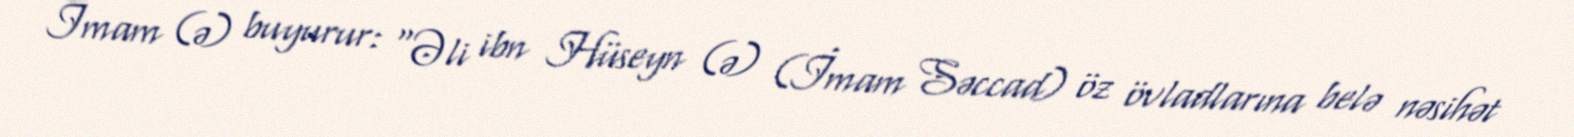
İmam (ə) buyurur: “Əli ibn Hüseyn (ə) (İmam Səccad) öz övladlarına belə nəsihət